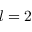
l = 2